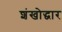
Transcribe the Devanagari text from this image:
शंखोद्धार